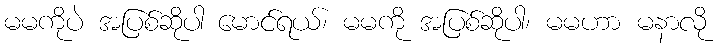
မမကိုပဲ အပြစ်ဆိုပါ မောင်ရယ်၊ မမကို အပြစ်ဆိုပါ၊ မမဟာ မနာလို